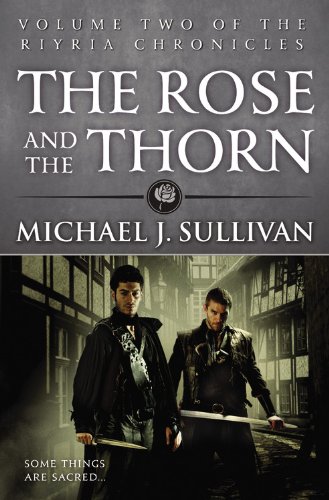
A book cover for The Rose and the Thorn (The Riyria Chronicles); Michael J. Sullivan; Literature & Fiction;